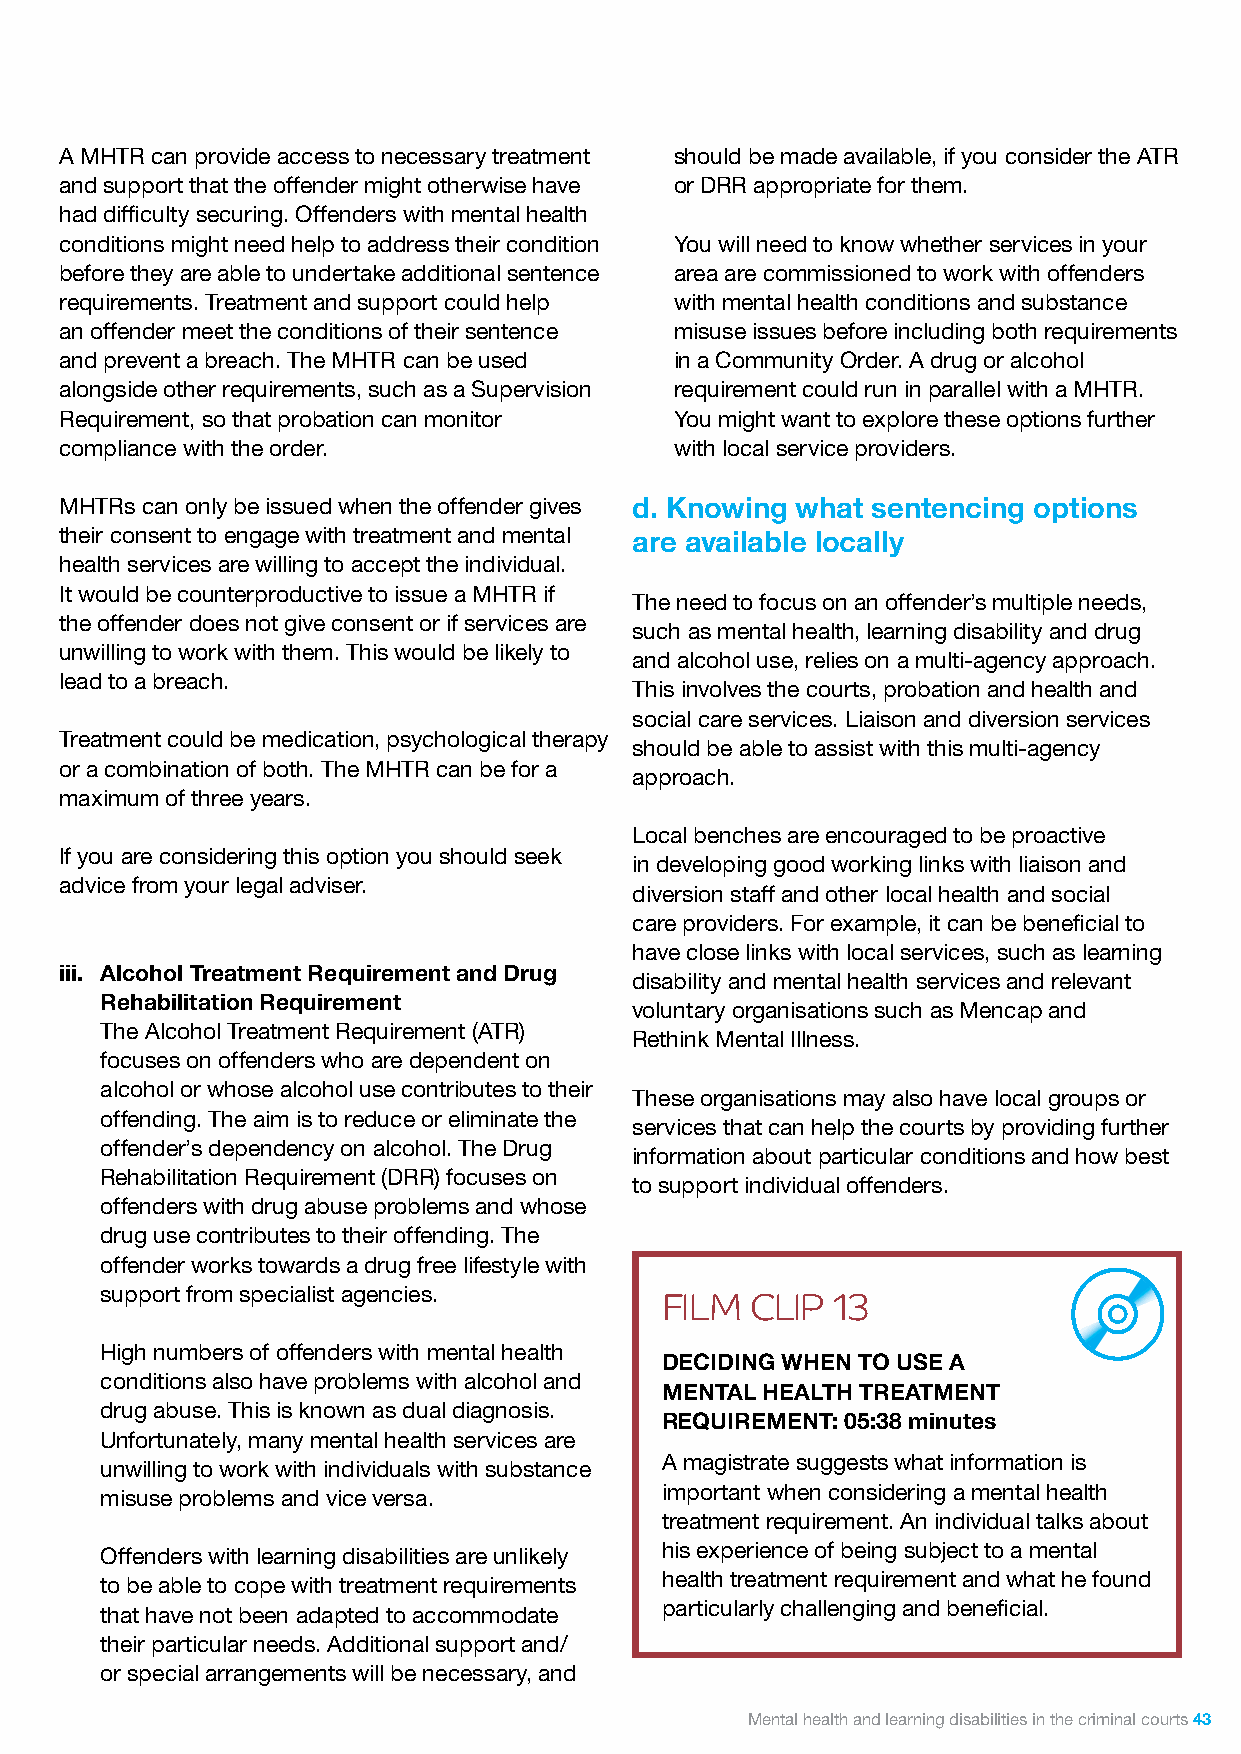
A MHTR can provide access to necessary treatment should be made available, if you consider the ATR
 and support that the offender might otherwise have or DRR appropriate for them.
 had difficulty securing. Offenders with mental health
 conditions might need help to address their condition You will need to know whether services in your
 before they are able to undertake additional sentence area are commissioned to work with offenders
 requirements. Treatment and support could help with mental health conditions and substance
 an offender meet the conditions of their sentence misuse issues before including both requirements
 and prevent a breach. The MHTR can be used in a Community Order. A drug or alcohol
 alongside other requirements, such as a Supervision requirement could run in parallel with a MHTR.
 Requirement, so that probation can monitor You might want to explore these options further
 compliance with the order.               with local service providers.
 MHTRs can only be issued when the offender gives d. Knowing what sentencing options
 their consent to engage with treatment and mental are available locally
 health services are willing to accept the individual.
 It would be counterproductive to issue a MHTR if
 The need to focus on an offender’s multiple needs,
 the offender does not give consent or if services are
 such as mental health, learning disability and drug
 unwilling to work with them. This would be likely to
 and alcohol use, relies on a multi-agency approach.
 lead to a breach.
 This involves the courts, probation and health and
 social care services. Liaison and diversion services
 Treatment could be medication, psychological therapy
 should be able to assist with this multi-agency
 or a combination of both. The MHTR can be for a
 approach.
 maximum of three years.
 Local benches are encouraged to be proactive
 If you are considering this option you should seek
 in developing good working links with liaison and
 advice from your legal adviser.
 diversion staff and other local health and social
 care providers. For example, it can be beneficial to
 have close links with local services, such as learning
 iii. Alcohol Treatment Requirement and Drug
 disability and mental health services and relevant
 Rehabilitation Requirement
 voluntary organisations such as Mencap and
 The Alcohol Treatment Requirement (ATR)
 Rethink Mental Illness.
 focuses on offenders who are dependent on
 alcohol or whose alcohol use contributes to their
 These organisations may also have local groups or
 offending. The aim is to reduce or eliminate the
 services that can help the courts by providing further
 offender’s dependency on alcohol. The Drug
 information about particular conditions and how best
 Rehabilitation Requirement (DRR) focuses on
 to support individual offenders.
 offenders with drug abuse problems and whose
 drug use contributes to their offending. The
 offender works towards a drug free lifestyle with
 support from specialist agencies.
 FILM  CLIP 13
 High numbers of offenders with mental health
 DECIDING WHEN TO USE A
 conditions also have problems with alcohol and
 MENTAL HEALTH TREATMENT
 drug abuse. This is known as dual diagnosis.
 REQUIREMENT: 05:38 minutes
 Unfortunately, many mental health services are
 A magistrate suggests what information is
 unwilling to work with individuals with substance
 important when considering a mental health
 misuse problems and vice versa.
 treatment requirement. An individual talks about
 his experience of being subject to a mental
 Offenders with learning disabilities are unlikely
 health treatment requirement and what he found
 to be able to cope with treatment requirements
 particularly challenging and beneficial.
 that have not been adapted to accommodate
 their particular needs. Additional support and/
 or special arrangements will be necessary, and
 Mental health and learning disabilities in the criminal courts 43